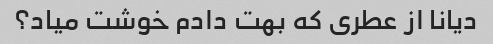
دیانا از عطری که بهت دادم خوشت میاد؟